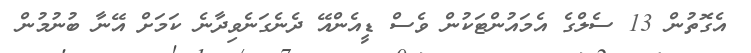
އެގޮތުން 13 ސެލްގެ އެމައުންޓަކުން ވެސް ޑީއެންއޭ ދެނެގަނެވިދާނެ ކަމަށް އޭނާ ބުނުމުން